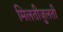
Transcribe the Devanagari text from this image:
मिलतीजुलती